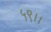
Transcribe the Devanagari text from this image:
५९।।